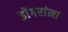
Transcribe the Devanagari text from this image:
डोंगरांना